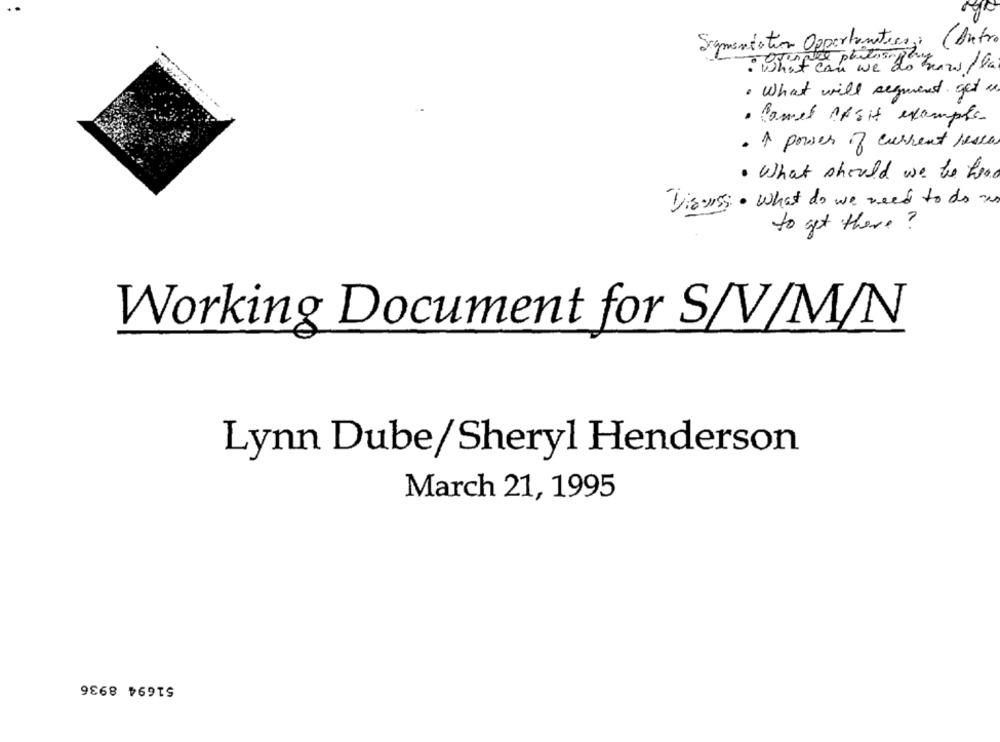
Segmentation Opportantess;
( Antro
: What can we do haw / la
· What will segment get us
· Comet ofSIS exemple
· A power of current resta
· What should we te hoe
Visus · what do we need to do ans
to get there ?
Working Document for S/V/M/N
Lynn Dube/Sheryl Henderson
March 21, 1995
51694 8936